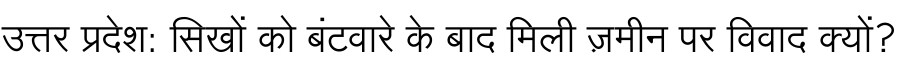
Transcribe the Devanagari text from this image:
उत्तर प्रदेश: सिखों को बंटवारे के बाद मिली ज़मीन पर विवाद क्यों?